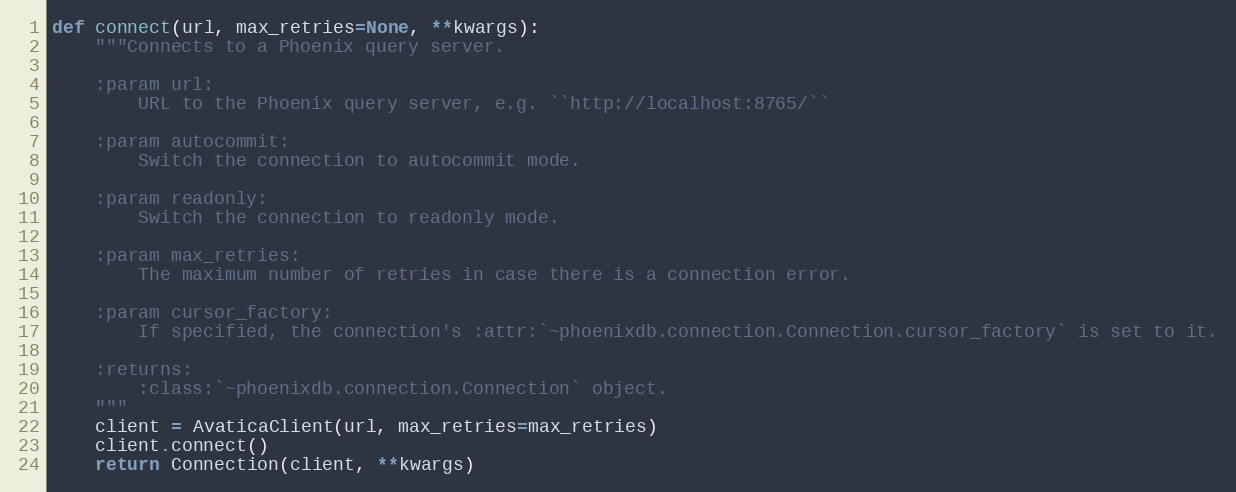
Language: Python
def connect(url, max_retries=None, **kwargs):
    """Connects to a Phoenix query server.

    :param url:
        URL to the Phoenix query server, e.g. ``http://localhost:8765/``

    :param autocommit:
        Switch the connection to autocommit mode.

    :param readonly:
        Switch the connection to readonly mode.

    :param max_retries:
        The maximum number of retries in case there is a connection error.

    :param cursor_factory:
        If specified, the connection's :attr:`~phoenixdb.connection.Connection.cursor_factory` is set to it.

    :returns:
        :class:`~phoenixdb.connection.Connection` object.
    """
    client = AvaticaClient(url, max_retries=max_retries)
    client.connect()
    return Connection(client, **kwargs)